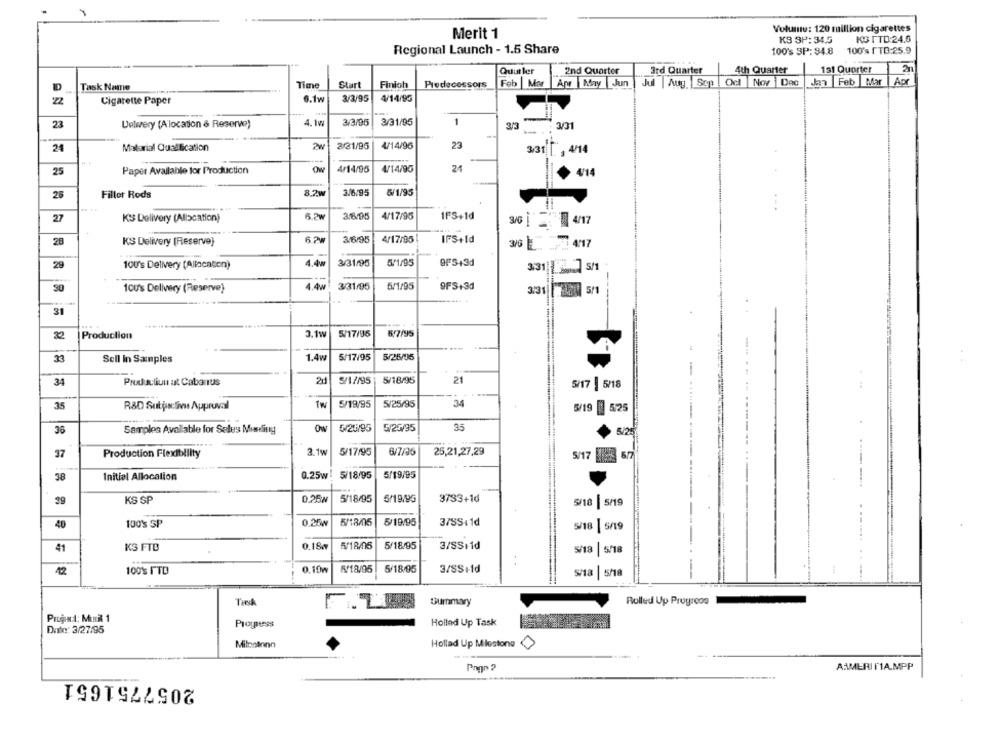
Volume: 120 million cigarettes
Merit 1
IS ITD:24.6
KS 3P: 34.5
Regional Launch - 1.5 Share
100's SP: 94.8
100's ITD:25.9
Quurler
2nd Quarter
3rd Quarter
4th Quarter
131 Quorter
Feb |Mar Avr May Jun | Jul |Aug Sep . Ocl Nor Dac
Jan Feb Mar | Apr
D
Task Name
Time
Start
Finioh
Predecessors
22
Cigarette Paper
6.1w
3/3/95
4/14/95
23
Uelwery (Alocation & Reserve?)
4.1W
3/3/95
3/31/95
1
3/3
3/31
24
Malarial Qualification
2w
3/31/95
4/14/96
23
3/31 1, 4/14
25
Paper Available for Production
Ow
4/14/95
4/14/95
24
4'14
Filler Rods
8.2w
3/6/95
5/1/95
26
3/6/05
4/17/95
1FS+1d
27
KS Delivery (Alocation)
3/0 4/17
4/17/95
20
KS Delivery (Reserve)
3/6/95
IFS+Id
30 L .. .. 4/17
29
100's Delivery (Allocation)
4.4w
3/31/95
5/1/95
9FS+3d
Jon 5/1
1ou's Delivery (Reserve)
4.4w
3/31/95
5/1/95
9FS+3d
3.31 80 5/1
31
3.1w
5/17/95
67/95
32
Production
1.4w
5/17/95
5/25/05
33
Sell in Samples
-
34
Productiun at Cabarrus
2d
5/1/195
5/18/95
21
5/17 5/18
35
R&D Sutps:live Approval
tw
5/19/95
5/25/95
34
5/19
525
36
Samples Available for Sales Mineliny
ON
5/20/95
5/25/95
35
5/25
3.1w
5/17/95
6/7/35
25,21,27,29
37
Production Flexibility
5/17
0.25w: 5/18/95
5/19/95
38
Initial Allocation
5/18/95
5/19/95
3733+1d
39
KS SP
0.25W
5/18 |5/19
40
100's SP
0.25w
5/18/05
5/19/95
37SS:1d
5/18 |5/19
41
KS FTB
0.18€
5/18/05
5/18/95
3/SSild
5/18
5/18
42
100's ITD
0.10w
5/18/95
5/18/05
3/SS+1d
5/18
5/18
THNA
Summary
Rolled Up Progress
Project: Muri 1
Protpuss
Hollad Up Task
Date: 3/27/95
Milnotona
Hollad Up Milestone
Pago ?
AAMERI N'1A.MPP
2057751651